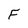
Character: F